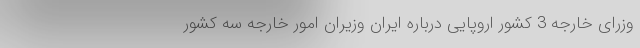
وزرای خارجه 3 کشور اروپایی درباره ایران وزیران امور خارجه سه کشور